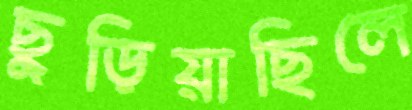
ছুড়িয়াছিলে